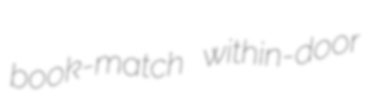
book-match within-door